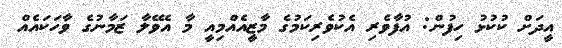
އީދަށް ކުކުޅު ހިފުން: އުފާވެރި އެކުވެރިކަމުގެ މާޒީއެއްމިއީ މާ އެވޭލާ ޒަމާނުގެ ވާހަކައެއް